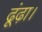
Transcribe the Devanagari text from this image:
ढूंढ़ा।